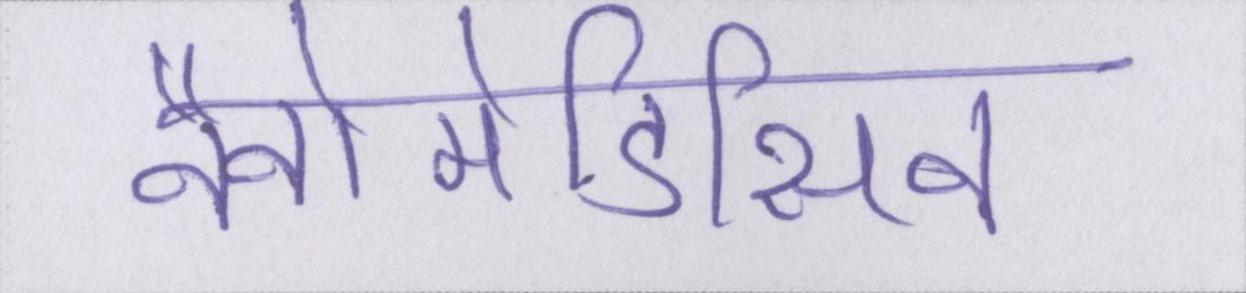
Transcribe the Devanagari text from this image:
नैनोमेडिसिन